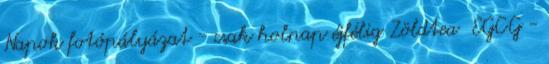
Napok fotópályázat - csak holnap éjfélig Zöldtea EGCG -